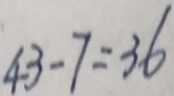
4 3 - 7 = 3 6